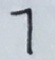
7